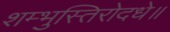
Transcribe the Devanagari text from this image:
शम्भुस्तिरोदधे॥